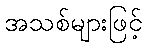
အသစ်များဖြင့်